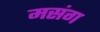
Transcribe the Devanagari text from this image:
मसंग